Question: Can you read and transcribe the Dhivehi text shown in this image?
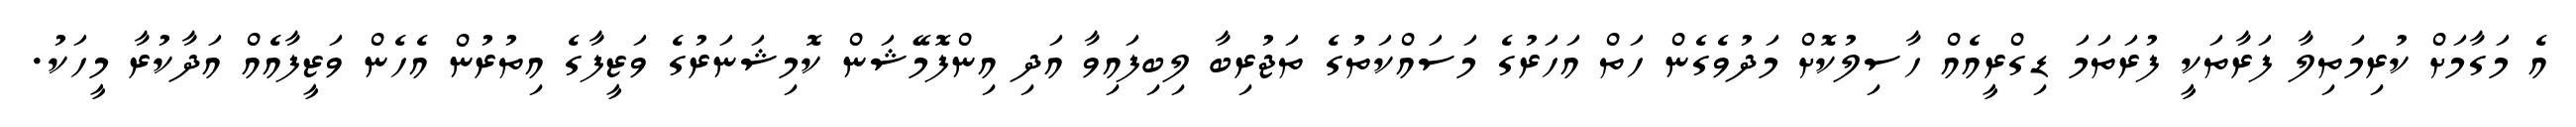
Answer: އެ މަގާމަށް ކުރިމަތިލާ ފަރާތަކީ ފުރަތަމަ ޑިގްރީއެއް ހާސިލުކޮށް މަދުވެގެން ހަތް އަހަރުގެ މަސައްކަތުގެ ތަޖުރިބާ ލިބިފައިވާ އަދި އިންފޮމޭޝަން ކޮމިޝަނަރުގެ ވަޒީފާގެ އިތުރުން އެހެން ވަޒީފާއެއް އަދާކުރާ މީހަކު.